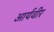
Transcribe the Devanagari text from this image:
आर्यवीर